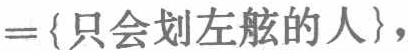
$=\{只会划左舷的人\},$